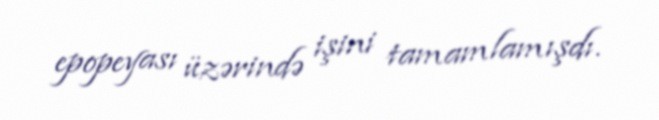
epopeyası üzərində işini tamamlamışdı.